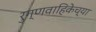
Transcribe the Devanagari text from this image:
रुग्णवाहिकेच्या